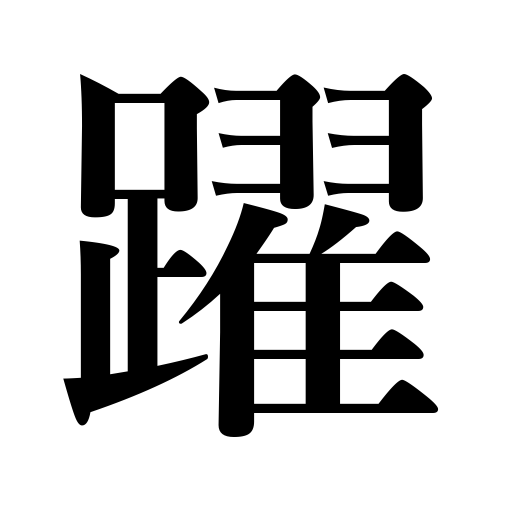
Meanings: dance,throb the heart,skip,double the interest on a debt,leap,act as a cat's-paw